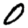
Digit: 0